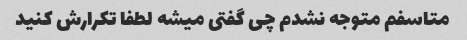
متاسفم متوجه نشدم چی گفتی میشه لطفا تکرارش کنید